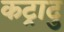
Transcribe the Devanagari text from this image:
कट्रादु